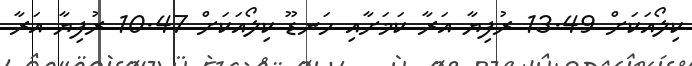
ކިލޯއަކަށް 13.49 ރުފިޔާ އަރާ ކަމަށާއި ހަނޑޫ ކިލޯއަކަށް 10.47 ރުފިޔާ އަރާ